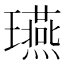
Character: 𤫇